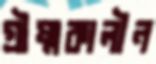
গ্রীষ্মকালীন